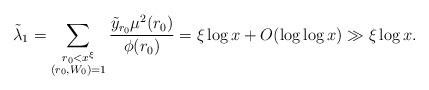
LaTeX: \begin{align*}\tilde{\lambda}_1&=\sum_{\substack{r_0<x^\xi\\ (r_0,W_0)=1}}\frac{\tilde{y}_{r_0}\mu^2(r_0)}{\phi(r_0)}=\xi\log{x}+O(\log\log{x})\gg \xi\log{x}.\end{align*}